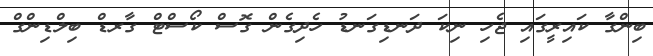
ބިންގާ ކައިރީގައި ޖެހި ނިކަ ދަނޑިގަނޑު ހެދިގެން ގޮސް ކޯސްޓް ގާރޑް ބިލްޑިންގް